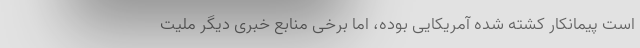
است پیمانکار کشته شده آمریکایی بوده، اما برخی منابع خبری دیگر ملیت